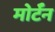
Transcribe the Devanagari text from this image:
मोर्टॅन